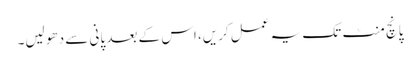
پانچ منٹ تک یہ عمل کریں، اس کے بعد پانی سے دھو لیں۔